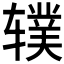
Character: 𫐗